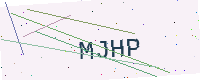
Text: MJHP